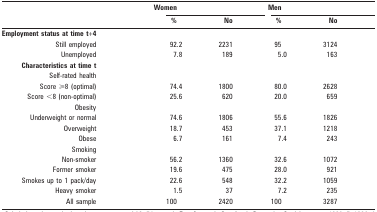
<table><thead><tr><td rowspan="2"></td><td colspan="2"><b>Women</b></td><td colspan="2"><b>Men</b></td></tr><tr><td><b>%</b></td><td><b>No</b></td><td><b>%</b></td><td><b>No</b></td></tr></thead><tbody><tr><td><b>Employment status at time t+4</b></td><td></td><td></td><td></td><td></td></tr><tr><td>Still employed</td><td>92.2</td><td>2231</td><td>95</td><td>3124</td></tr><tr><td>Unemployed</td><td>7.8</td><td>189</td><td>5.0</td><td>163</td></tr><tr><td><b>Characteristics at time t</b></td><td></td><td></td><td></td><td></td></tr><tr><td>Self-rated health</td><td></td><td></td><td></td><td></td></tr><tr><td>Score ⩾8 (optimal)</td><td>74.4</td><td>1800</td><td>80.0</td><td>2628</td></tr><tr><td>Score &lt;8 (non-optimal)</td><td>25.6</td><td>620</td><td>20.0</td><td>659</td></tr><tr><td>Obesity</td><td></td><td></td><td></td><td></td></tr><tr><td>Underweight or normal</td><td>74.6</td><td>1806</td><td>55.6</td><td>1826</td></tr><tr><td>Overweight</td><td>18.7</td><td>453</td><td>37.1</td><td>1218</td></tr><tr><td>Obese</td><td>6.7</td><td>161</td><td>7.4</td><td>243</td></tr><tr><td>Smoking</td><td></td><td></td><td></td><td></td></tr><tr><td>Non-smoker</td><td>56.2</td><td>1360</td><td>32.6</td><td>1072</td></tr><tr><td>Former smoker</td><td>19.6</td><td>475</td><td>28.0</td><td>921</td></tr><tr><td>Smokes up to 1 pack/day</td><td>22.6</td><td>548</td><td>32.2</td><td>1059</td></tr><tr><td>Heavy smoker</td><td>1.5</td><td>37</td><td>7.2</td><td>235</td></tr><tr><td>All sample</td><td>100</td><td>2420</td><td>100</td><td>3287</td></tr></tbody></table>